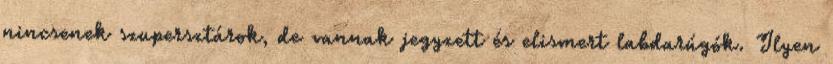
nincsenek szupersztárok, de vannak jegyzett és elismert labdarúgók. Ilyen